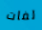
لفات